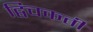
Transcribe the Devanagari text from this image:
द्विचकती